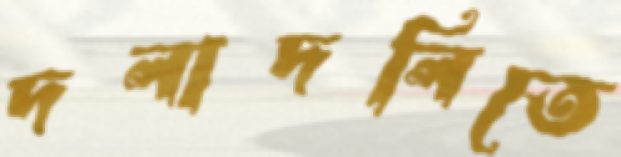
দলাদলিতে